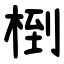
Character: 椡